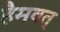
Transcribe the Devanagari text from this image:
हैमवत्